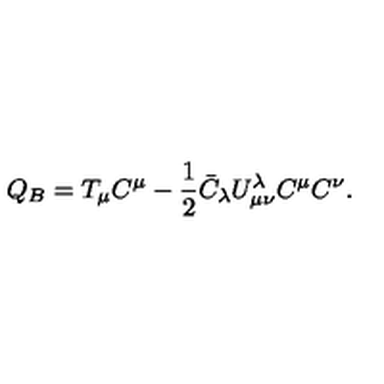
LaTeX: Q _ { B } = T _ { \mu } C ^ { \mu } - \frac { 1 } { 2 } \bar { C } _ { \lambda } U _ { \mu \nu } ^ { \lambda } C ^ { \mu } C ^ { \nu } .